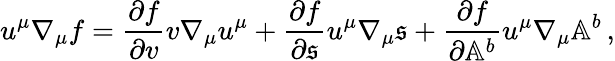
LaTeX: u^{\mu}\nabla_{\mu}f=\frac{\partial f}{\partial v}v\nabla_{\mu}u^{\mu}+\frac{\partial f}{\partial\mathfrak{s}}u^{\mu}\nabla_{\mu}\mathfrak{s}+\frac{\partial f}{\partial\mathbb{A}^{b}}u^{\mu}\nabla_{\mu}\mathbb{A}^{b}\, ,